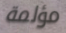
مؤلمة